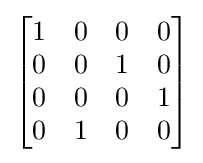
{\begin{bmatrix}1&0&0&0\\0&0&1&0\\0&0&0&1\\0&1&0&0\end{bmatrix}}